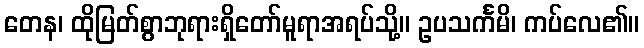
တေန၊ ထိုမြတ်စွာဘုရားရှိတော်မူရာအရပ်သို့။ ဥပသင်္ကမိ၊ ကပ်လေ၏။